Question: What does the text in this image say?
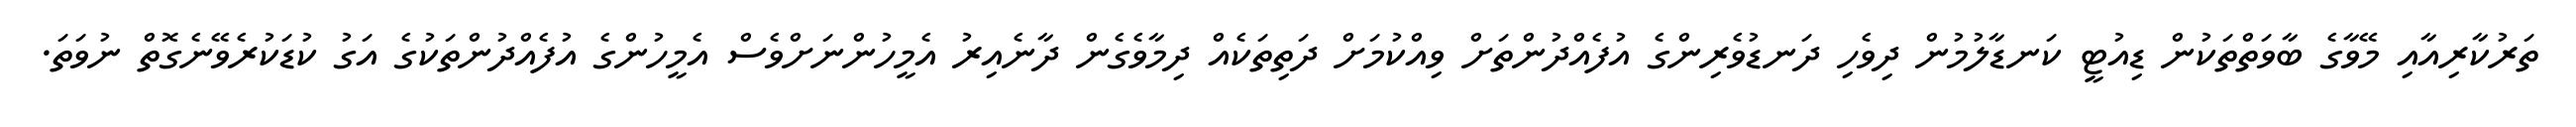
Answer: ތަރުކާރިއާއި މޭވާގެ ބާވަތްތަކުން ޑިއުޓީ ކަނޑާލުމުން ދިވެހި ދަނޑުވެރިންގެ އުފެއްދުންތަށް ވިއްކުމަށް ދަތިތަކެއް ދިމާވެގެން ދާނެއިރު އެމީހުންނަށްވެސް އެމީހުންގެ އުފެއްދުންތަކުގެ އަގު ކުޑަކުރެވޭނެގޮތް ނުވަތަ.